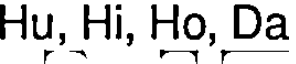
Hu, Hi, Ho, Da